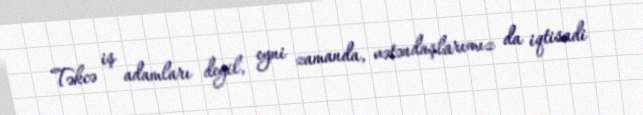
Təkcə iş adamları deyil, eyni zamanda, vətəndaşlarımız da iqtisadi